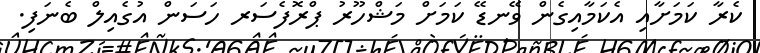
ކެރާ ކަމަށާއި އެކަމާއިގެން ވޭނޑޭ ކަމަށް މަޝްހޫރު ޕްރޮފެސަރ ހަސަން އުގެއިލް ބެނަފި.